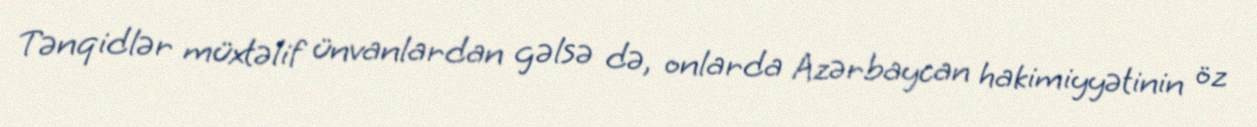
Tənqidlər müxtəlif ünvanlardan gəlsə də, onlarda Azərbaycan hakimiyyətinin öz